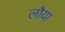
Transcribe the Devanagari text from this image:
लौया